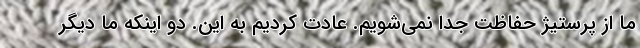
ما از پرستیژ حفاظت جدا نمی‌شویم. عادت کردیم به این. دو اینکه ما دیگر